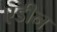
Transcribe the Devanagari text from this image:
एडीन